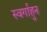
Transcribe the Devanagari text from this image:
स्वर्गाहुन